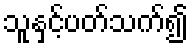
သူနှင့်ပတ်သက်၍